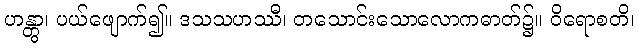
ဟန္တွာ၊ ပယ်ဖျောက်၍။ ဒသသဟဿီ၊ တသောင်းသောလောကဓာတ်၌။ ဝိရောစတိ၊